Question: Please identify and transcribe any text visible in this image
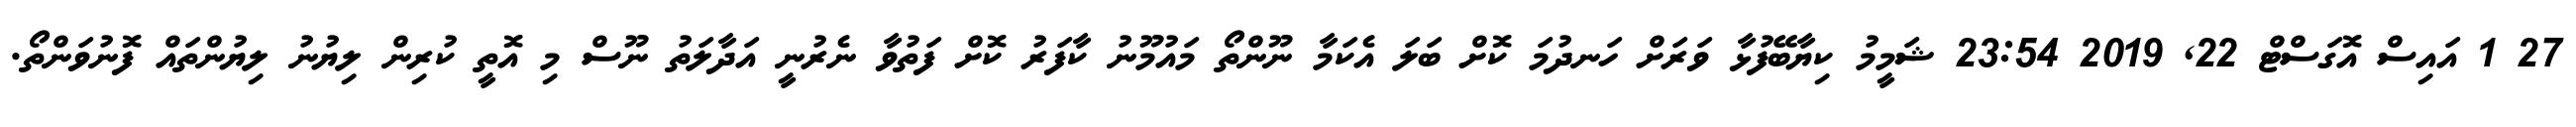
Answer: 27 1 އައިސް އޮގަސްޓް 22, 2019 23:54 ޝަމީމު ކިޔާބޭފުޅާ ވަރަށް ހަނދުމަ ކޮށް ބަލަ އެކަމާ ނޫންތޯ މައުމޫނު ކާފަރު ކޮށް ފަތުވާ ނެރުނީ އަދާލަތު ނޫސް މި އޮތީ ކުރިން ލިޔުނު ލިޔުންތައް ފޮނުވަންތޯ.